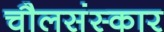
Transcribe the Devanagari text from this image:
चौलसंस्कार